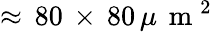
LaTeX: \approx\, 80\, \times\, 80\, \mu\, \mathrm{~m~}^{2}